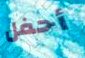
أحفل